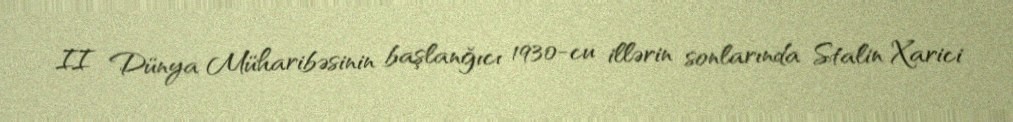
II Dünya Müharibəsinin başlanğıcı 1930-cu illərin sonlarında Stalin Xarici